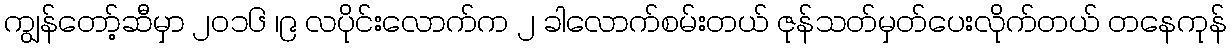
ကျွန်တော့်ဆီမှာ ၂၀၁၆ ၊၉ လပိုင်းလောက်က ၂ ခါလောက်စမ်းတယ် ဇုန်သတ်မှတ်ပေးလိုက်တယ် တနေကုန်